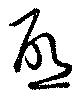
啓